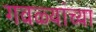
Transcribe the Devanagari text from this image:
गवळ्यांच्या